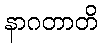
နာဂတာတိ